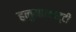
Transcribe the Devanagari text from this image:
हनुमानचट्टी